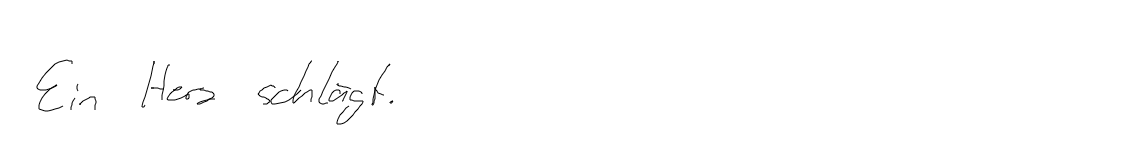
Ein Herz schlägt.